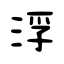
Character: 浮